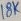
Text: 18K